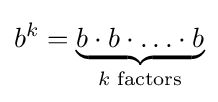
b^{k}=\underbrace {b\cdot b\cdot \ldots \cdot b} _{k\;{\text{factors}}}